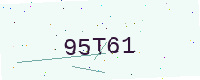
Text: 95T61